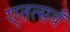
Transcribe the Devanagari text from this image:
एतत्सर्वं